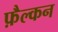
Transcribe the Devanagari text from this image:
फ़ैल्कन